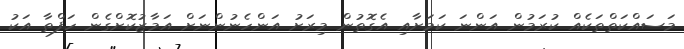
މަސައްކަތްތަކެއް ކުރަމުން އަންނަ ކަމަށާއި އެގޮތުން މިރަށު އަންހެނުންނަށް އަމާޒުކޮށްގެން ހަފްތާ އަކު